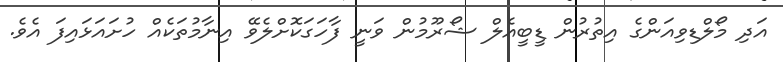
އަދި މޯލްޑިވިއަންގެ އިތުރުން ޑީބީއެލް ޝޯރޫމުން ވަނީ ފާހަގަކޮށްލެވޭ އިނާމުތަކެއް ހުށައަޅައިފަ އެވެ.